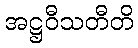
အဋ္ဌဝီသတီတိ